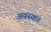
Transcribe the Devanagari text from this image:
अयस्क।